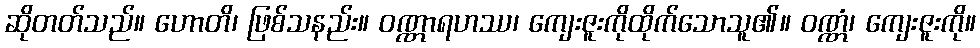
ဆိုတတ်သည်။ ဟောတိ၊ ဖြစ်သနည်း။ ဝဏ္ဏာရဟဿ၊ ကျေးဇူးကိုထိုက်သောသူ၏။ ဝဏ္ဏံ၊ ကျေးဇူးကို။